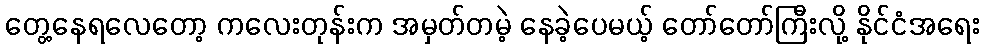
တွေ့နေရလေတော့ ကလေးတုန်းက အမှတ်တမဲ့ နေခဲ့ပေမယ့် တော်တော်ကြီးလို့ နိုင်ငံအရေး